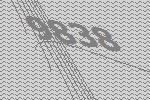
9838